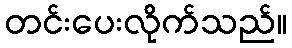
တင်းပေးလိုက်သည်။